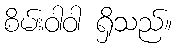
စိမ်းဝါဝါ ရှိသည်။